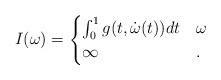
LaTeX: \begin{align*}I(\omega) = \begin{cases} \int_0^1 g(t,\dot{\omega}(t))dt & \omega \\ \infty &. \end{cases}\end{align*}